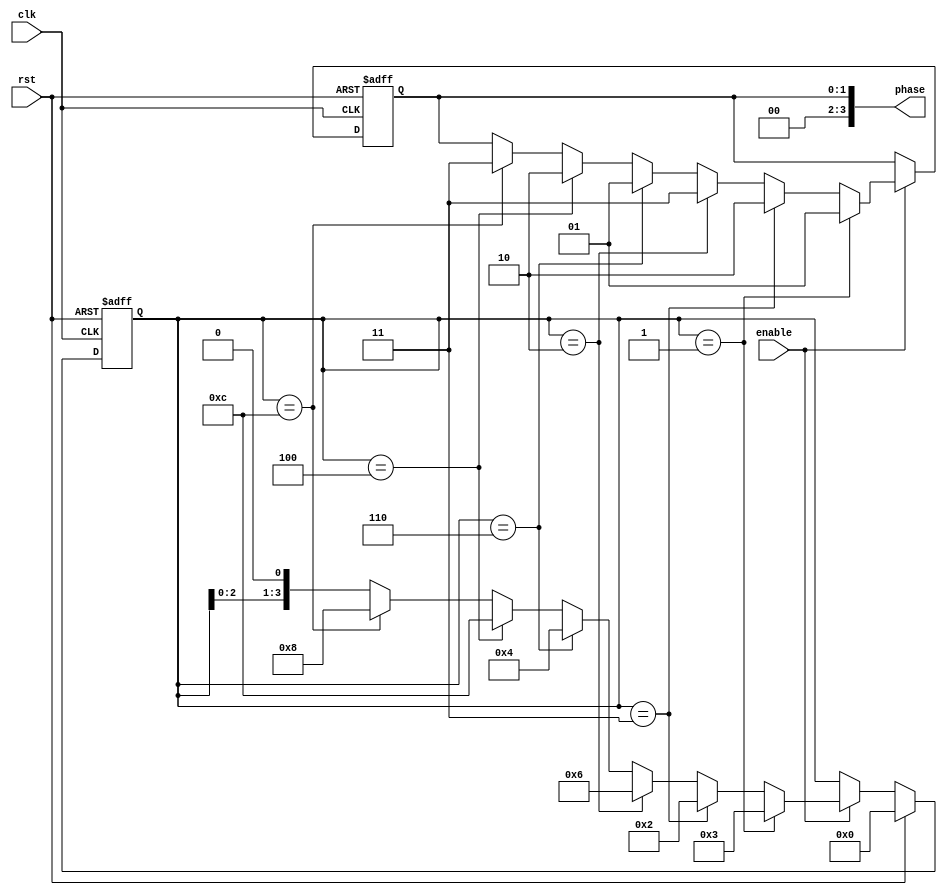
module gray_counter_clock_divider (
    input wire clk,
    input wire rst,
    input wire enable,
    output wire [3:0] phase
);

reg [3:0] gray_counter_reg;
reg [1:0] phase_reg;
reg enable_reg;

always @(posedge clk or posedge rst) begin
    if (rst) begin
        gray_counter_reg <= 4'b0000;
        phase_reg <= 2'b00;
        enable_reg <= 1'b1;
    end else begin
        if (enable) begin
            if (gray_counter_reg == 4'b0001) begin
                gray_counter_reg <= 4'b0011;
                phase_reg <= 2'b01;
            end else if (gray_counter_reg == 4'b0011) begin
                gray_counter_reg <= 4'b0010;
                phase_reg <= 2'b10;
            end else if (gray_counter_reg == 4'b0010) begin
                gray_counter_reg <= 4'b0110;
                phase_reg <= 2'b11;
            end else if (gray_counter_reg == 4'b0110) begin
                gray_counter_reg <= 4'b0100;
                phase_reg <= 2'b01;
            end else if (gray_counter_reg == 4'b0100) begin
                gray_counter_reg <= 4'b1100;
                phase_reg <= 2'b10;
            end else if (gray_counter_reg == 4'b1100) begin
                gray_counter_reg <= 4'b1000;
                phase_reg <= 2'b11;
            end else begin
                gray_counter_reg <= gray_counter_reg << 1;
            end
        end
        if (rst) begin
            gray_counter_reg <= 4'b0000;
        end
    end
end


assign phase = phase_reg;

endmodule